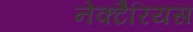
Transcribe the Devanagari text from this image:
नेक्टैरियस